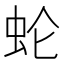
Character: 𰲰